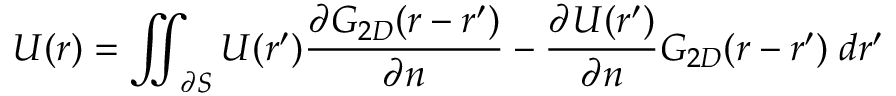
U ( \boldsymbol { r } ) = \iint _ { \partial S } U ( \boldsymbol { r ^ { \prime } } ) \frac { \partial G _ { 2 D } ( \boldsymbol { r } - \boldsymbol { r ^ { \prime } } ) } { \partial n } - \frac { \partial U ( \boldsymbol { r ^ { \prime } } ) } { \partial n } G _ { 2 D } ( \boldsymbol { r } - \boldsymbol { r ^ { \prime } } ) \; d \boldsymbol { r ^ { \prime } }